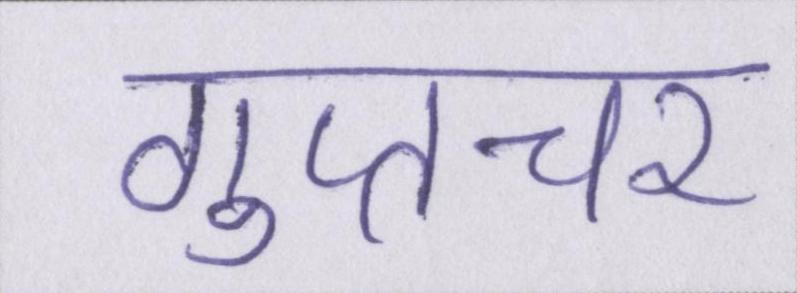
गुप्तचर